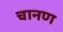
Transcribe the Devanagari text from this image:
चानण